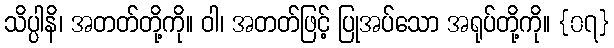
သိပ္ပါနိ၊ အတတ်တို့ကို။ ဝါ၊ အတတ်ဖြင့် ပြုအပ်သော အရုပ်တို့ကို။ {၀၇}